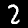
Digit: 2